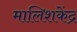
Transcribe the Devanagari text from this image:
मालिशकेंद्र